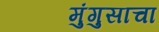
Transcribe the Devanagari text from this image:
मुंगुसाचा